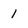
Character: 1